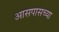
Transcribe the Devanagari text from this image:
अासपासच्या